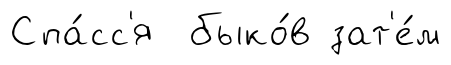
Спа́сс'я быко́в зат'е́м